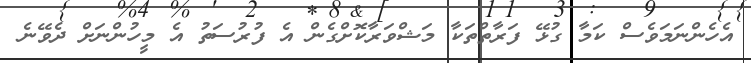
އެހެންނަމަވެސް ކަމާ ގުޅޭ ފަރާތްތަކާ މަޝްވަރާކޮށްގެން އެ ފުރުސަތު އެ މީހުންނަށް ދެވޭނެ